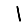
Digit: 1